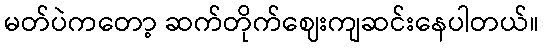
မတ်ပဲကတော့ ဆက်တိုက်ဈေးကျဆင်းနေပါတယ်။